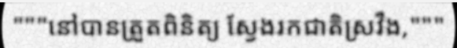
"""នៅបានត្រួតពិនិត្យ ស្វែងរកជាតិស្រវឹង,"""